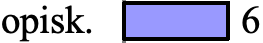
opisk.  6